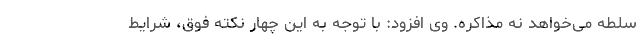
سلطه می‌خواهد نه مذاکره. وی افزود: با توجه به این چهار نکته فوق، شرایط